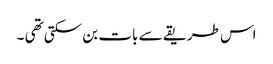
اس طریقے سے بات بن سکتی تھی ۔